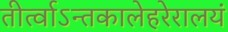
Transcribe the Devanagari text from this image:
तीर्त्वाऽन्तकालेहरेरालयं